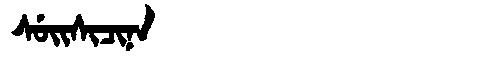
Manchu: ᠰᡠᡳᠰᡳᠴᡳᠨᠠ
Romanization: SUISICINA